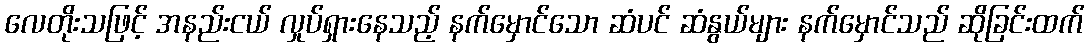
လေတိုးသဖြင့် အနည်းငယ် လှုပ်ရှားနေသည့် နက်မှောင်သော ဆံပင် ဆံနွယ်များ နက်မှောင်သည် ဆိုခြင်းထက်